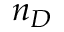
n _ { D }